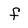
Character: f